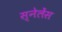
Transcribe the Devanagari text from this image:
स्नेलेंस